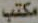
مكتب